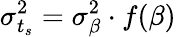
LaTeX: \sigma_{t_{s}}^{2}=\sigma_{\beta}^{2}\cdot f(\beta)